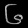
Digit: ၆